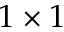
1 \times 1